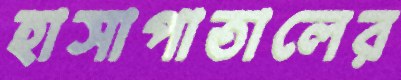
হাসাপাতালের